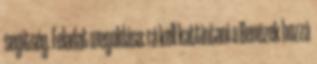
segítség. Feladat megoldása: rá kell kattintani a Benézek hozzá